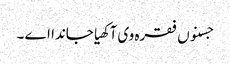
جسنوں فقرہ وی آکھیا جاندا اے ۔